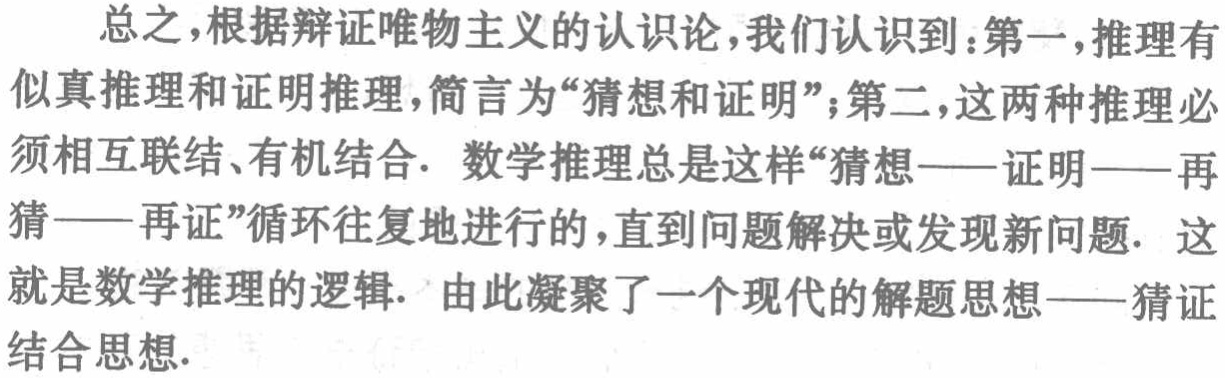
总之，根据辩证唯物主义的认识论，我们认识到：第一，推理有似真推理和证明推理，简言为“猜想和证明”；第二，这两种推理必须相互联结、有机结合. 数学推理总是这样“猜想——证明——再猜——再证”循环往复地进行的，直到问题解决或发现新问题. 这就是数学推理的逻辑. 由此凝聚了一个现代的解题思想——猜证结合思想.